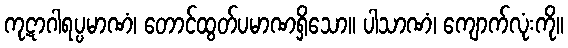
ကုဋာဂါရပ္ပမာဏံ၊ တောင်ထွတ်ပမာဏရှိသော။ ပါသာဏံ၊ ကျောက်လုံးကို။